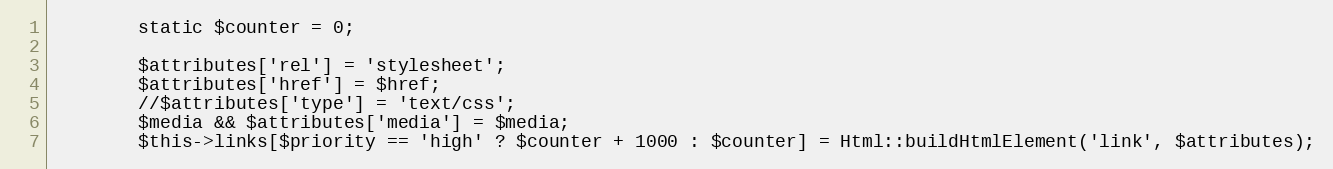
Language: PHP
        static $counter = 0;

        $attributes['rel'] = 'stylesheet';
        $attributes['href'] = $href;
        //$attributes['type'] = 'text/css';
        $media && $attributes['media'] = $media;
        $this->links[$priority == 'high' ? $counter + 1000 : $counter] = Html::buildHtmlElement('link', $attributes);